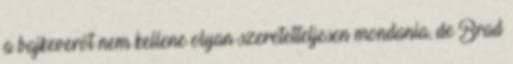
a bajkeverőt nem kellene olyan szeretetteljesen mondania, de Brad